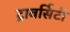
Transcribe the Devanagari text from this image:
ट्रावर्सिटी